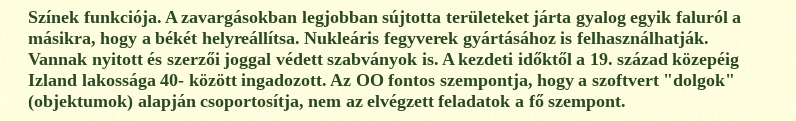
Színek funkciója. A zavargásokban legjobban sújtotta területeket járta gyalog egyik faluról a másikra, hogy a békét helyreállítsa. Nukleáris fegyverek gyártásához is felhasználhatják. Vannak nyitott és szerzői joggal védett szabványok is. A kezdeti időktől a 19. század közepéig Izland lakossága 40- között ingadozott. Az OO fontos szempontja, hogy a szoftvert "dolgok" (objektumok) alapján csoportosítja, nem az elvégzett feladatok a fő szempont.